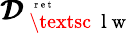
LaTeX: {\pmb{{\cal D}}}_{\mathrm{~\textsc~{~l~w~}~}}^{\mathrm{~\tiny~{~r~e~t~}~}}